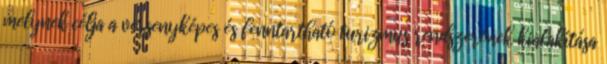
melynek célja a versenyképes és fenntartható turizmus rendszerének kialakítása